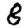
Digit: 8